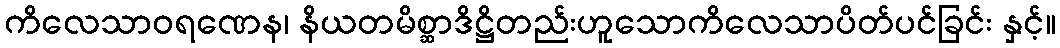
ကိလေသာဝရဏေန၊ နိယတမိစ္ဆာဒိဋ္ဌိတည်းဟူသောကိလေသာပိတ်ပင်ခြင်း နှင့်။